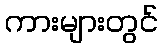
ကားများတွင်